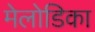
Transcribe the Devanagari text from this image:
मेलोडिका